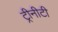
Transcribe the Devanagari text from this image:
ट्रीनीटी